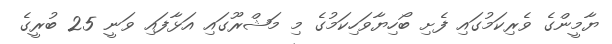
ޔާމީންގެ ވެރިކަމުގައި ފެށި ބޯހިޔާވަހިކަމުގެ މި މަޝްރޫގައި އަޅާފައި ވަނީ 25 ބުރީގެ